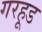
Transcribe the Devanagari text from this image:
गरहूड